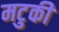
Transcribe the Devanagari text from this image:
मटुकी